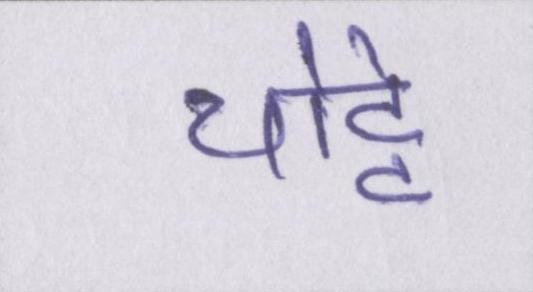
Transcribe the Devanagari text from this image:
चोट्टे